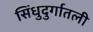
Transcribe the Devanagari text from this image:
सिंधुदुर्गातली